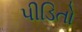
પીડિતો